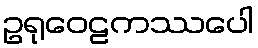
ဥရုဝေဠကဿပေါ